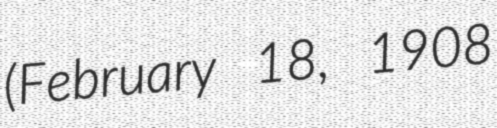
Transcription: (February 18, 1908